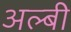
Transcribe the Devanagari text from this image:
अल्बी